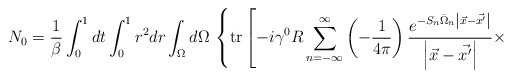
\begin{align*}N_0 =\frac1{\beta} \int_0^1 dt \int_0^1 r^2 dr\int_{\Omega} d\Omega \,\left\{ {\rm tr} \left[ -i \gamma^0 R \sum_{n=-\infty}^{\infty} \left( - \frac1{4 \pi} \right) \frac{e^{-S_n \bar{\Omega}_n \left| \vec{x} - \vec{x'} \right|}}{\left| \vec{x} - \vec{x'} \right|} \times \right. \right.\end{align*}